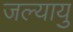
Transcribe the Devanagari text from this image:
जल्यायु